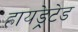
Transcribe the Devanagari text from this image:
हायड्रेटेड